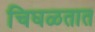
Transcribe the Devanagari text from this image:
चिघळतात